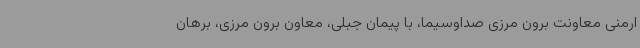
ارمنی معاونت برون مرزی صداوسیما، با پیمان جبلی، معاون برون مرزی، برهان